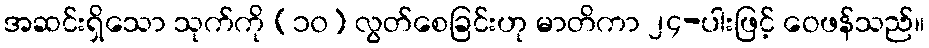
အဆင်းရှိသော သုက်ကို (၁၀) လွတ်စေခြင်းဟု မာတိကာ ၂၄-ပါးဖြင့် ဝေဖန်သည်။